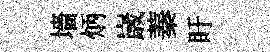
墻炳𡻕蓁盱